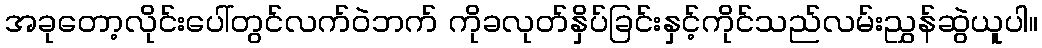
အခုတော့လိုင်းပေါ်တွင်လက်ဝဲဘက် ကိုခလုတ်နှိပ်ခြင်းနှင့်ကိုင်သည်လမ်းညွှန်ဆွဲယူပါ။